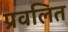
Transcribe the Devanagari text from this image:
प्रवलित